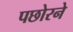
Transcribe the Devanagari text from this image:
पछोरने